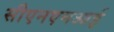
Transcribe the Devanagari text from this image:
सीएनएमआई